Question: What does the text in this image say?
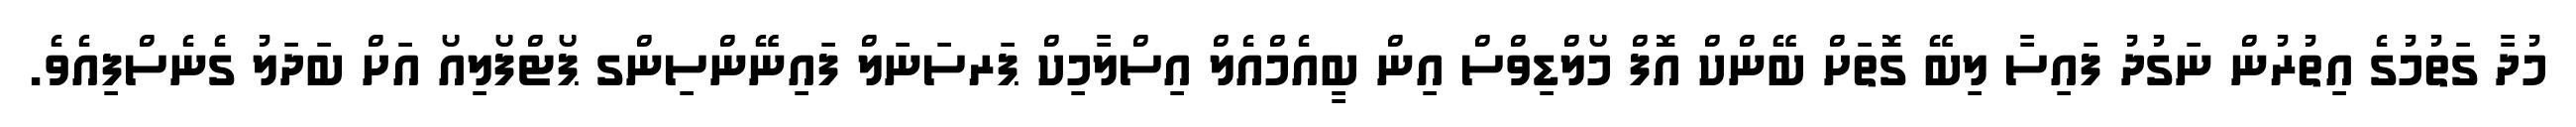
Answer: މުދާ ގަތުމުގެ އިތުރުން ނަގުދު ފައިސާ ލިބޭ ގޮތަށް ބޭންކް އޮފް މޯލްޑިވްސް އިން ބީއެމްއެލް އިސްލާމިކް ޕަރސަނަލް ފައިނޭންސިންގ ޕޯޓްފޯލިއޯ އަށް ބަދަލު ގެނެސްފިއެވެ.